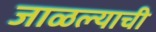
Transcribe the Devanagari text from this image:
जाळल्याची